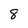
Character: 8